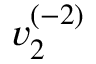
v _ { 2 } ^ { ( - 2 ) }